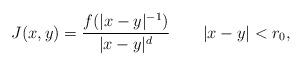
LaTeX: \begin{align*} J(x,y) = \frac{f(|x-y|^{-1})}{|x-y|^d} \qquad|x-y|<r_0,\end{align*}